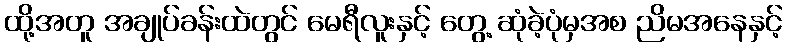
ထို့အတူ အချုပ်ခန်းထဲတွင် မေရီလူးနှင့် တွေ့ ဆုံခဲ့ပုံမှအစ ညိမအနေနှင့်